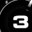
Digit: 3